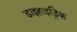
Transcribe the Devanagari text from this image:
डाइहाइड्रिक